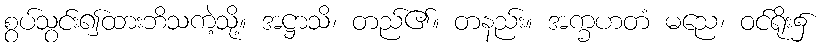
စွပ်သွင်း၍ထားဘိသကဲ့သို့။ အဋ္ဌာသိ၊ တည်၏။ တနည်း။ အက္ခဟတံ မညေ၊ ဝင်ရိုး၌